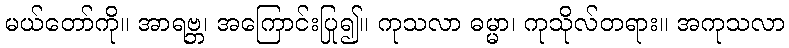
မယ်တော်ကို။ အာရဗ္ဘ၊ အကြောင်းပြု၍။ ကုသလာ ဓမ္မာ၊ ကုသိုလ်တရား။ အကုသလာ